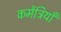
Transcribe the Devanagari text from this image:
कमेंट्रियाँ